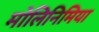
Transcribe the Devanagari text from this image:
मोलिनिमिया